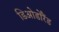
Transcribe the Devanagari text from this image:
डिओडोरैंड